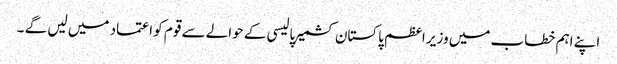
اپنے اہم خطاب میں وزیر اعظم پاکستان کشمیر پالیسی کے حوالے سے قوم کو اعتماد میں لیں گے ۔